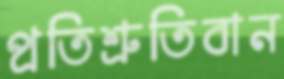
প্রতিশ্রুতিবান